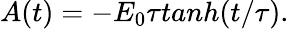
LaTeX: A(t)=-E_{0}\tau tanh(t/\tau).